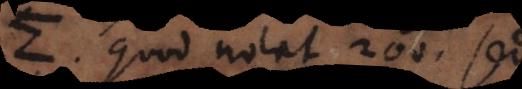
Σ, quod notat 200, sed